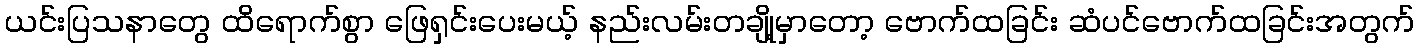
ယင်းပြသနာတွေ ထိရောက်စွာ ဖြေရှင်းပေးမယ့် နည်းလမ်းတချို့မှာတော့ ဗောက်ထခြင်း ဆံပင်ဗောက်ထခြင်းအတွက်